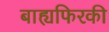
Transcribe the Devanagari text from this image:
बाह्यफिरकी